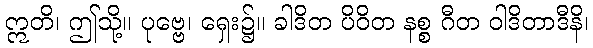
ဣတိ၊ ဤသို့။ ပုဗ္ဗေ၊ ရှေး၌။ ခါဒိတ ပိဝိတ နစ္စ ဂီတ ဝါဒိတာဒီနိ၊